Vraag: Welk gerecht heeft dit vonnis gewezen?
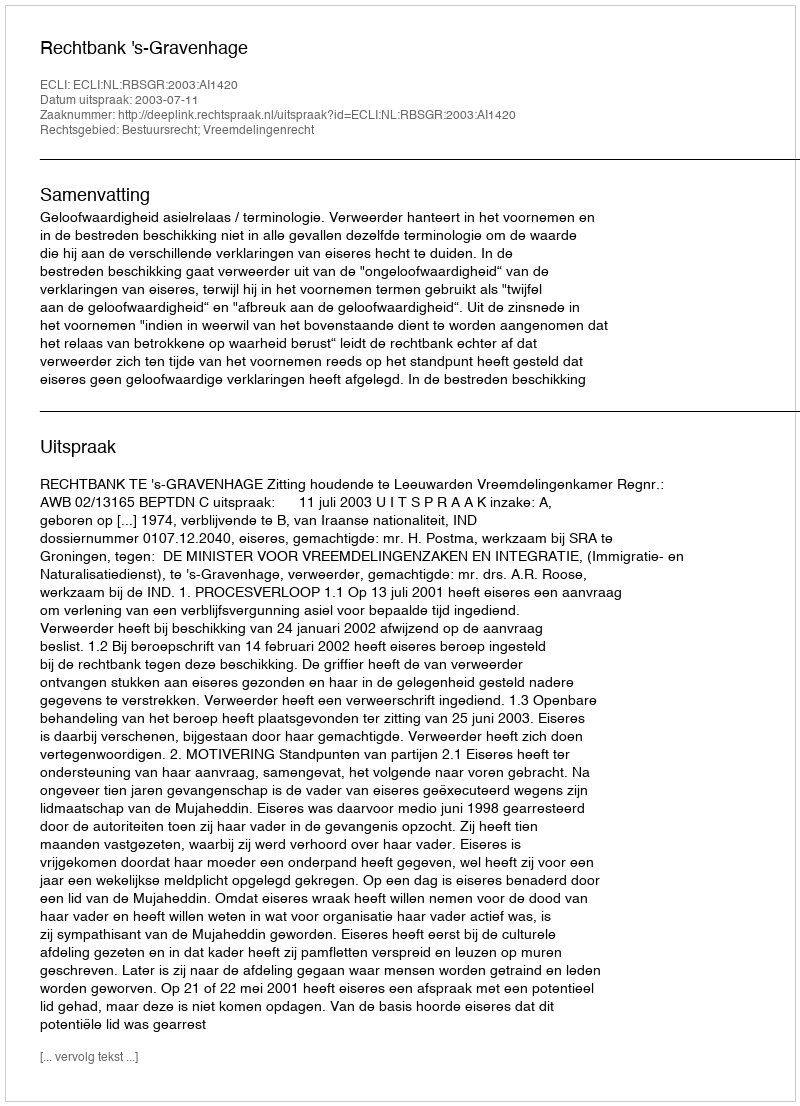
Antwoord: Rechtbank 's-Gravenhage